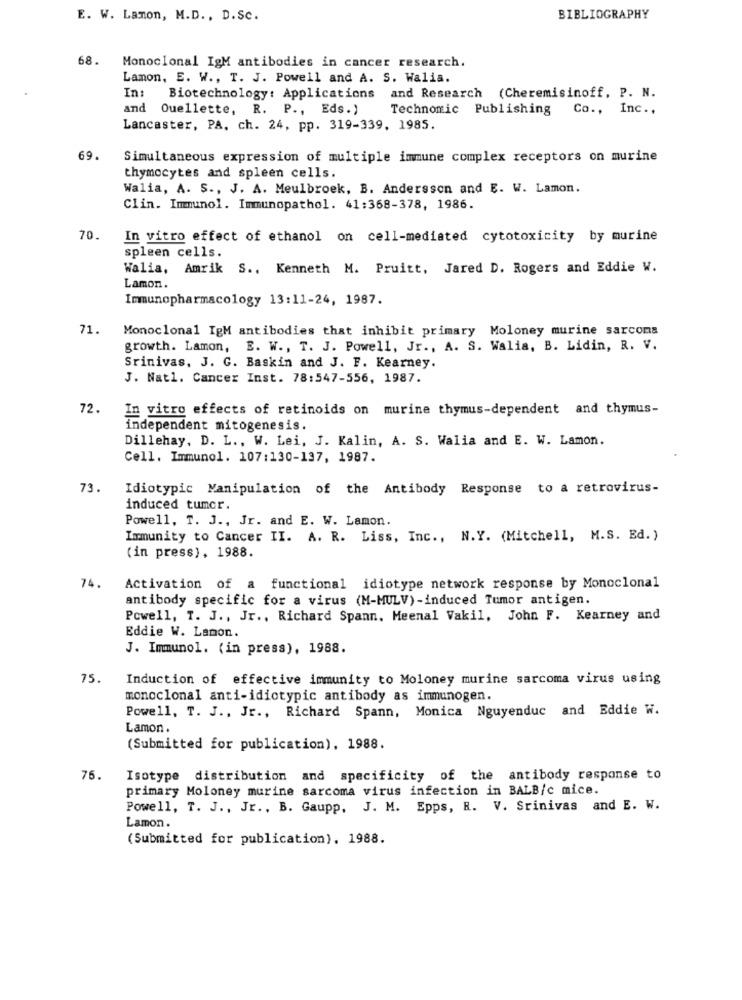
E. W. Lamon, M.D ., D.Sc.
BIBLIOGRAPHY
68.
Monoclonal IgM antibodies in cancer research.
Lamon, E. W ., T. J. Powell and A. S. Walia.
In:
Biotechnology: Applications and Research (Cheremisinoff, P. N.
and Ouellette, R. P ., Eds.)
Technonic Publishing Co ., Inc .,
Lancaster, PA. ch. 24, pp. 319-339, 1985.
69.
Simultaneous expression of multiple immune complex receptors on murine
thymocytes and spleen cells.
Walia, A. S ., J. A. Meulbroek, B. Andersson and E. W. Lamon.
Clin. Immunol. Immunopathol. 41:368-378, 1986.
70.
In vitro effect of ethanol on cell-mediated cytotoxicity by murine
spleen cells.
Walia, Amrik S ., Kenneth M. Pruitt, Jared D. Rogers and Eddie W.
Lamon.
Immunopharmacology 13:11-24, 1987.
71.
Monoclonal IgM antibodies that inhibit primary Moloney murine sarcoma
growth. Lamon, B. W ., T. J. Powell, Jr ., A. S. Walia, B. Lidin, R. V.
Srinivas, J. G. Baskin and J. F. Kearney.
J. Natl. Cancer Inst. 78:547-556, 1987.
72.
In vitro effects of retinoids on murine thymus-dependent and thymus-
independent mitogenesis.
Dillehay, D. L ., W. Lei, J. Kalin, A. S. Walia and E. W. Lamon.
Cell. Immunol. 107:130-137, 1987.
73.
Idiotypic Manipulation of the Antibody Response to a retrovirus-
induced tumcr.
Powell, T. J ., Jr. and E. W. Lamon.
Immunity to Cancer II. A. R. Liss, Inc ., N.Y. (Mitchell, M.S. Ed. )
(in press), 1988.
74.
Activation of a functional idiotype network response by Monoclonal
antibody specific for a virus (M-MULV)-induced Tumor antigen.
Powell, T. J ., Jr ., Richard Spann. Meenal Vakil, John F. Kearney and
Eddie W. Lamon.
J. Immunol. (in press), 1988.
75.
Induction of effective immunity to Moloney murine sarcoma virus using
monoclonal anti-idiotypic antibody as immunogen.
Powell, T. J ., Jr ., Richard Spann, Monica Nguyenduc and Eddie W.
Lamon.
(Submitted for publication), 1988.
76.
Isotype distribution and specificity of the antibody response to
primary Moloney murine sarcoma virus infection in BALB/c mice.
Powell, T. J ., Jr ., B. Gaupp. J. M. Epps, R. V. Srinivas and E. W.
Lamon.
(Submitted for publication). 1988.